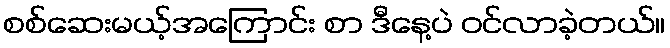
စစ်ဆေးမယ့်အကြောင်း စာ ဒီနေ့ပဲ ဝင်လာခဲ့တယ်။